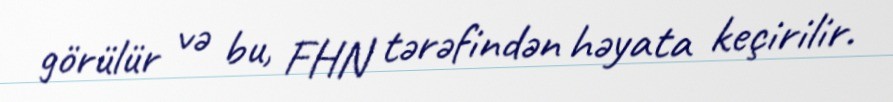
görülür və bu, FHN tərəfindən həyata keçirilir.